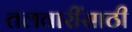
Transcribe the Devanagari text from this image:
तलवारींसाठी